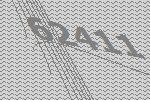
62411